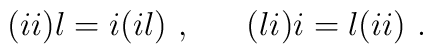
(ii)l = i(il)~, ~~~~~ (li)i = l(ii) ~.